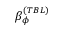
\beta _ { \phi } ^ { ( T B L ) }